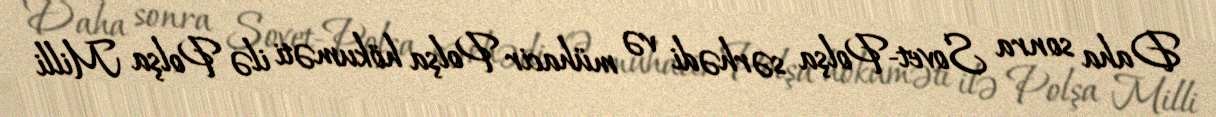
Daha sonra Sovet-Polşa sərhədi və mühacir Polşa hökuməti ilə Polşa Milli